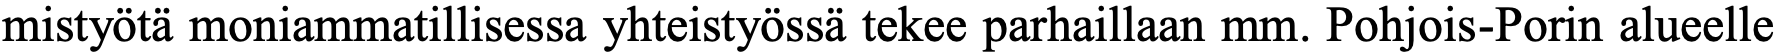
mistyötä moniammatillisessa yhteistyössä tekee parhaillaan mm. Pohjois-Porin alueelle